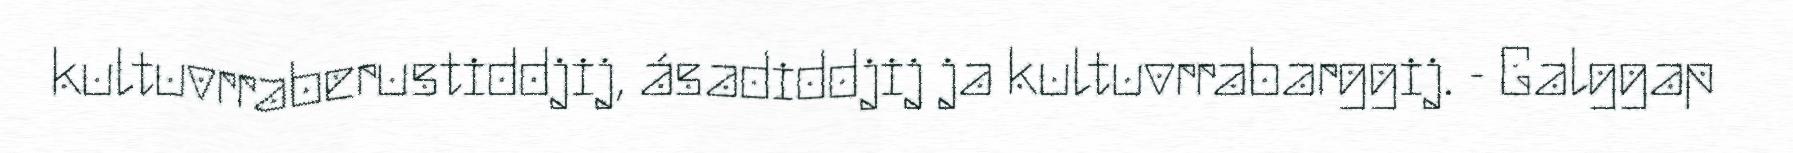
kultuvrraberustiddjij, ásadiddjij ja kultuvrrabarggij. - Galggap